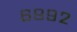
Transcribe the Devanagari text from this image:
६९९२